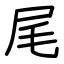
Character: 尾